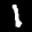
Label: 1